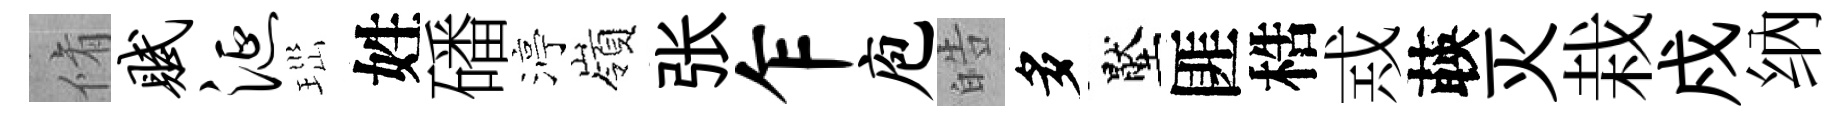
脩赋涎𤤼姓磻渟嶺张乍庖皓多壓匪梏𢦶𦴤灭栽戍纳